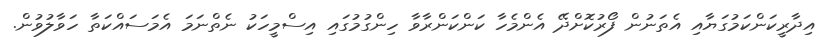
އިދާރީކަންކަމުގަޔާއި އެތަނުން ފޯރުކޮށްދޭ އެންމެހާ ކަންކަންރާވާ ހިންގުމުގައި އިސްމީހަކު ނެތްނަމަ އެމަސައްކަތާ ހަވާލުވުން.